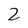
Character: 2